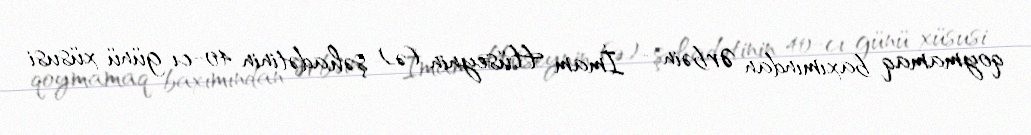
qoymamaq baxımından Ərbəin - İmam Hüseynin (ə) şəhadətinin 40-cı günü xüsusi